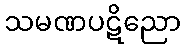
သမဏပဋိညော